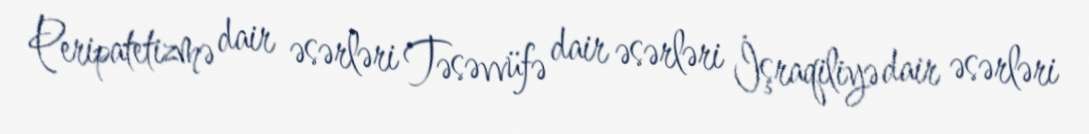
Peripatetizmə dair əsərləri Təsəvvüfə dair əsərləri İşraqiliyə dair əsərləri